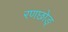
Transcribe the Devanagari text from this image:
रणछोङ्